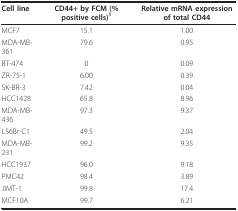
| Cell line | CD44+ by FCM (% positive cells)1 | Relative mRNA expression of total CD44 |
 | --- | --- | --- |
 | MCF7 | 15.1 | 1.00 |
 | MDA-MB-361 | 79.6 | 0.95 |
 | BT-474 | 0 | 0.09 |
 | ZR-75-1 | 6.00 | 0.39 |
 | SK-BR-3 | 7.42 | 0.04 |
 | HCC1428 | 65.8 | 8.96 |
 | MDA-MB-436 | 97.3 | 9.37 |
 | L56Br-C1 | 49.5 | 2.04 |
 | MDA-MB-231 | 99.2 | 9.35 |
 | HCC1937 | 96.0 | 9.18 |
 | PMC42 | 98.4 | 3.89 |
 | JIMT-1 | 99.8 | 17.4 |
 | MCF10A | 99.7 | 6.21 |